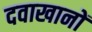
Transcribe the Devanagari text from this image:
दवाखानों